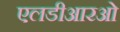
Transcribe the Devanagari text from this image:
एलडीआरओ